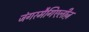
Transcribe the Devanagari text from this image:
जंगरमैगिएलीज़